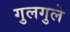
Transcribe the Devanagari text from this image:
गुलगुले